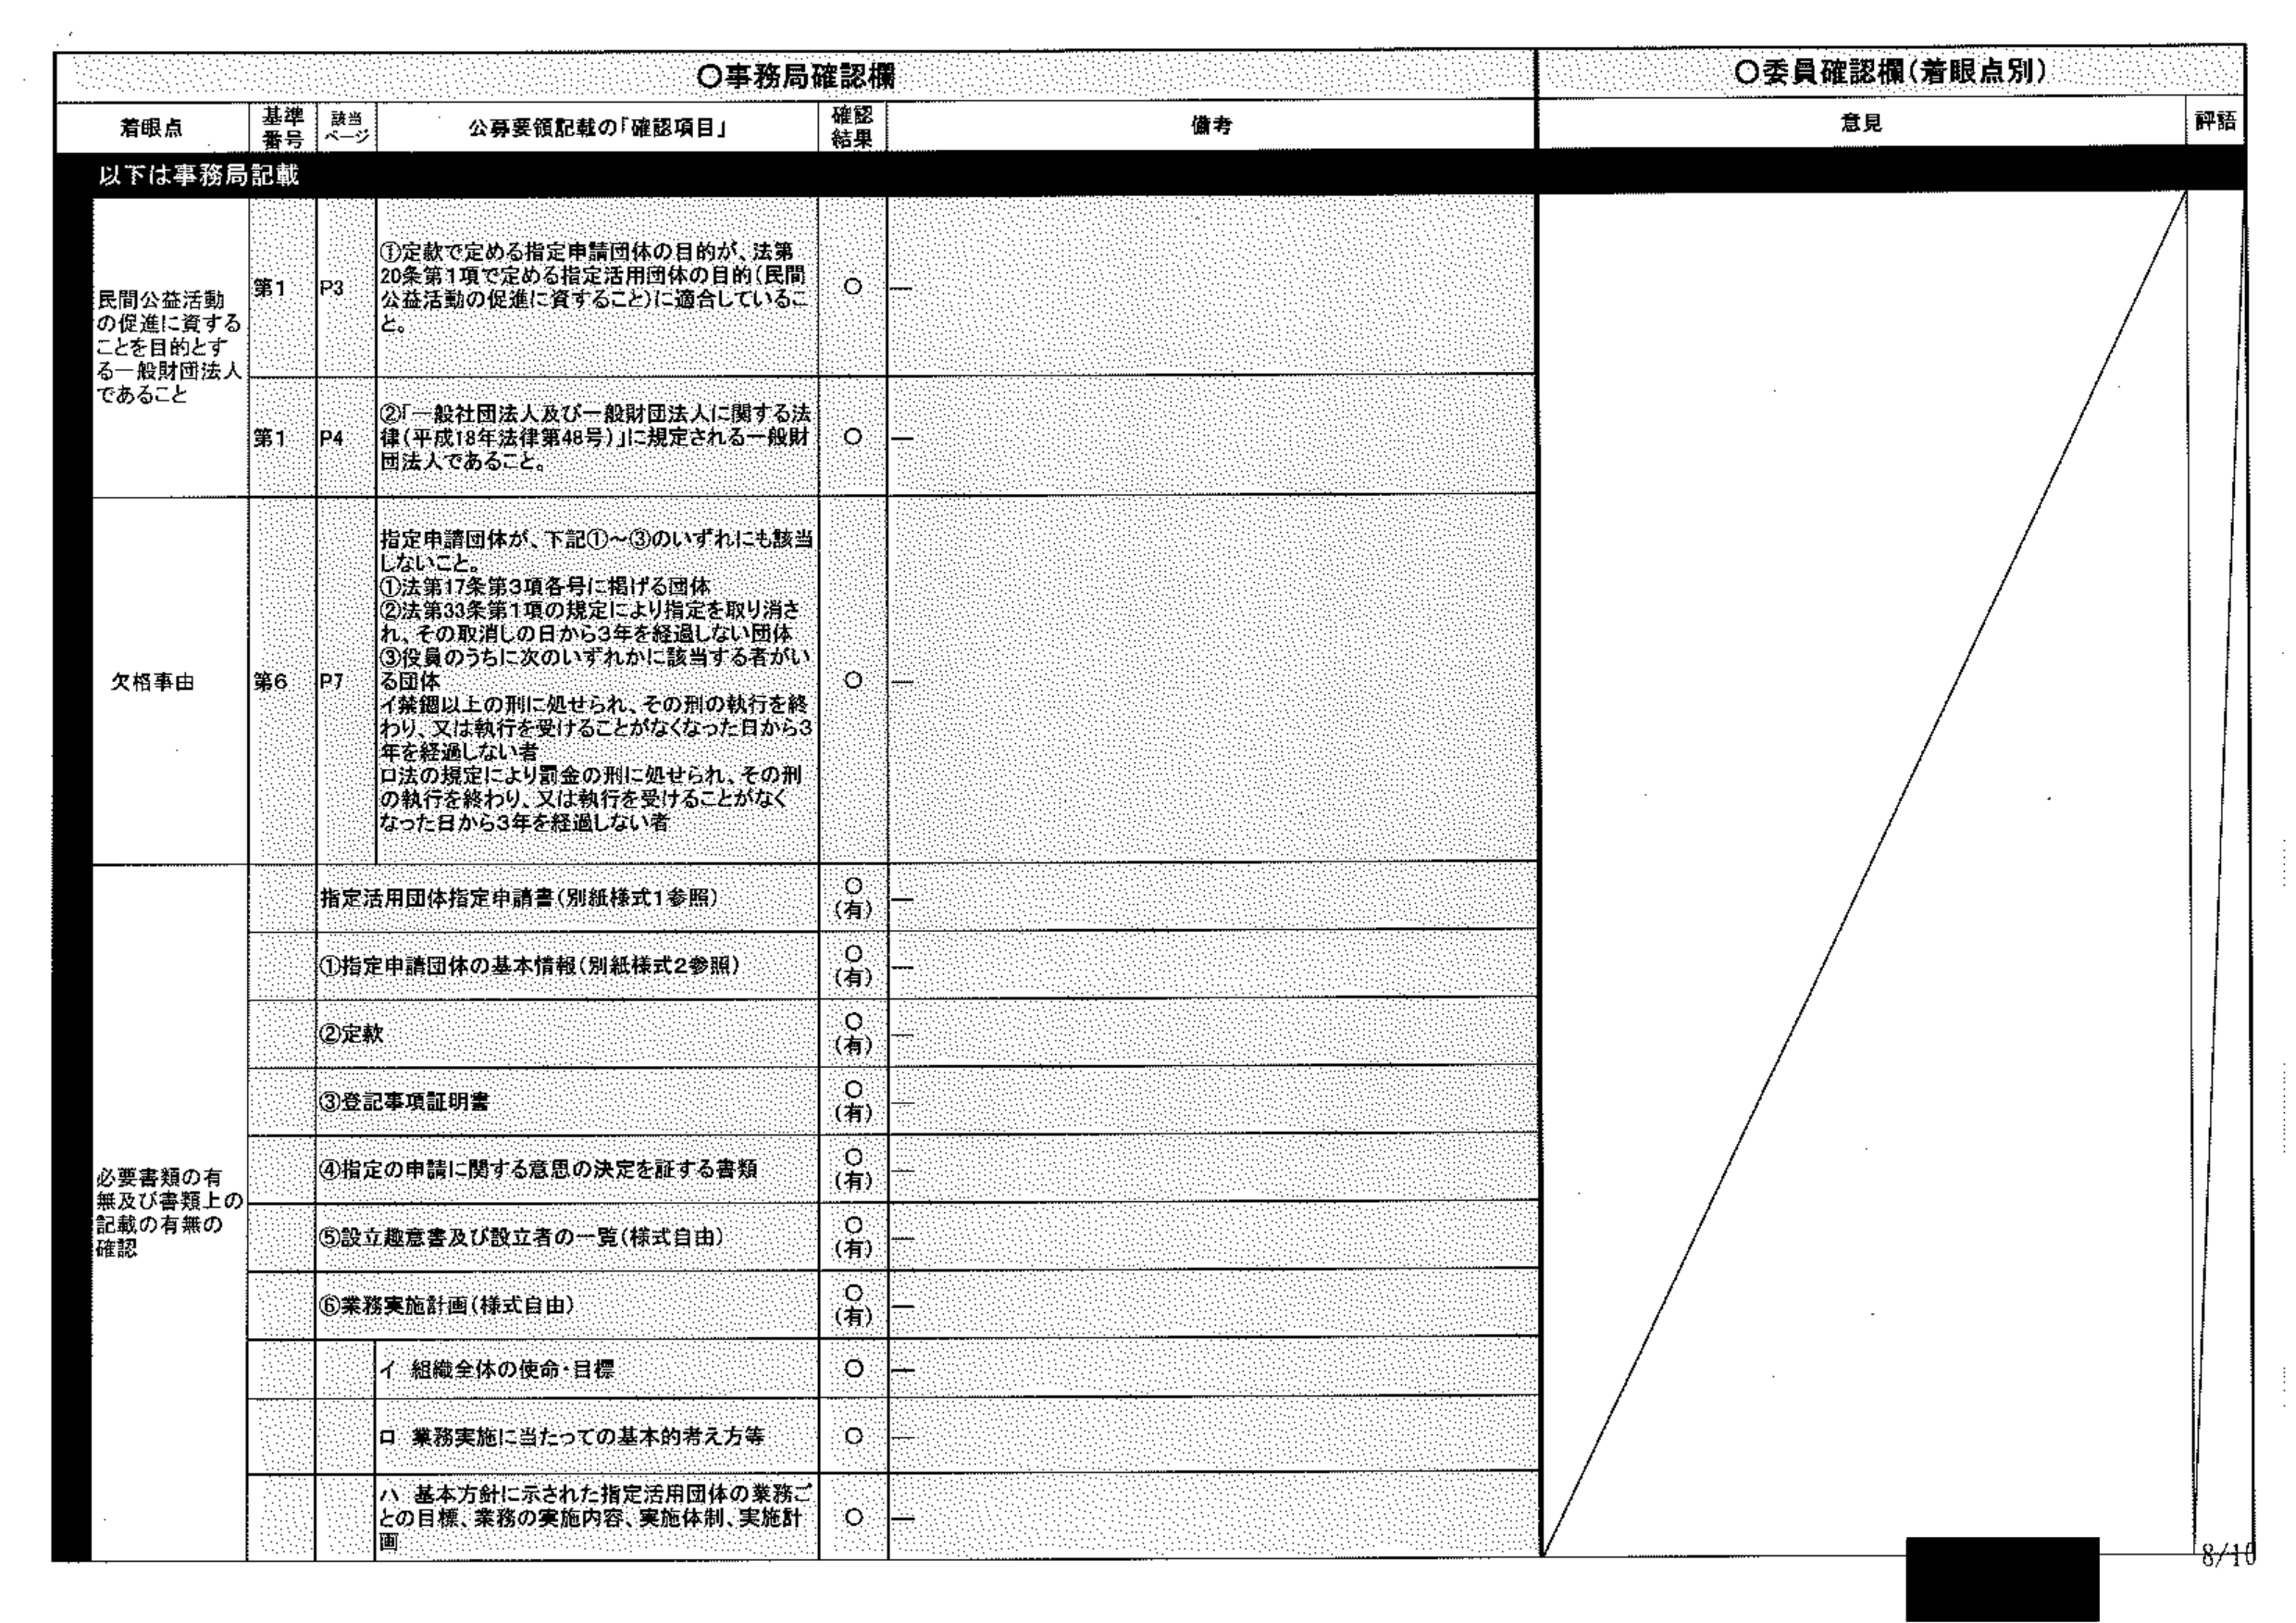
〇事務局確認欄
〇委員確認欄（着眼点別）

着眼点　　基準番号　　該当ページ　　公募要領記載の「確認項目」　　確認結果　　備考　　意見　　評語

以下は事務局記載

民間公益活動の促進に資することを目的とする一般財団法人であること
第1　P3　①定款で定める指定申請団体の目的が、法第20条第1項で定める指定活用団体の目的（民間公益活動の促進に資すること）に適合していること。　○　－

第1　P4　②「一般社団法人及び一般財団法人に関する法律（平成18年法律第48号）」に規定される一般財団法人であること。　○　－

欠格事由
第6　P7　指定申請団体が、下記①～③のいずれにも該当しないこと。
①法第17条第3項各号に掲げる団体
②法第33条第1項の規定により指定を取り消され、その取消しの日から3年を経過しない団体
③役員のうちに次のいずれかに該当する者がいる団体
　イ 禁錮以上の刑に処せられ、その刑の執行を終わり、又は執行を受けることがなくなった日から3年を経過しない者
　ロ 法の規定により罰金の刑に処せられ、その刑の執行を終わり、又は執行を受けることがなくなった日から3年を経過しない者
○　－

必要書類の有無及び書類上の記載の有無の確認

指定活用団体指定申請書（別紙様式1参照）　○（有）　－

①指定申請団体の基本情報（別紙様式2参照）　○（有）　－

②定款　○（有）　－

③登記事項証明書　○（有）　－

④指定の申請に関する意思の決定を証する書類　○（有）　－

⑤設立趣意書及び設立者の一覧（様式自由）　○（有）　－

⑥業務実施計画（様式自由）　○（有）　－

　　イ 組織全体の使命・目標　○　－

　　ロ 業務実施に当たっての基本的考え方等　○　－

　　ハ 基本方針に示された指定活用団体の業務ごとの目標、業務の実施内容、実施体制、実施計画　○　－

8/10